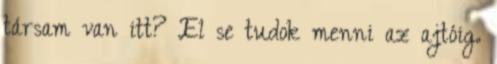
társam van itt? El se tudok menni az ajtóig.